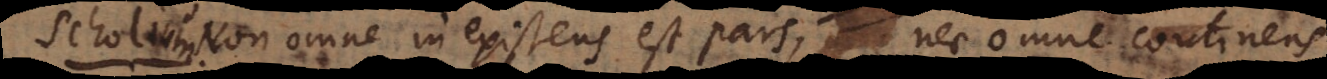
S. Non omne inexistens est pars, nec omne continens